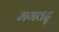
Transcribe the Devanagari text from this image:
भगवद्‍